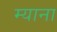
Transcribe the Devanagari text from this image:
म्याना